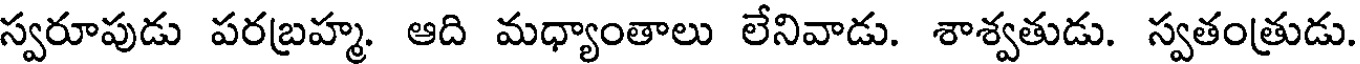
స్వరూపుడు పరబ్రహ్మ. ఆది మధ్యాంతాలు లేనివాడు. శాశ్వతుడు. స్వతంత్రుడు.